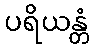
ပရိယန္တံ